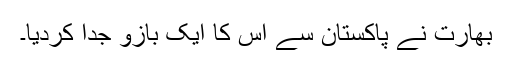
بھارت نے پاکستان سے اس کا ایک بازو جدا کردیا۔